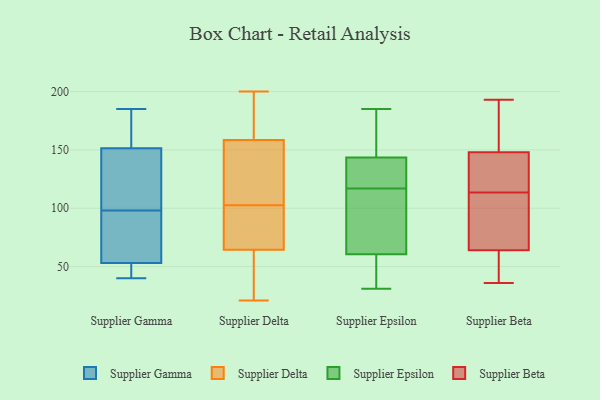
{"axis": {"x": "Temperature (°C)", "y": "Value"}, "legend": ["Supplier Beta", "Supplier Delta", "Supplier Epsilon", "Supplier Gamma"], "data": [{"x": "", "y": 147, "type": "Supplier Gamma"}, {"x": "", "y": 40, "type": "Supplier Gamma"}, {"x": "", "y": 165, "type": "Supplier Gamma"}, {"x": "", "y": 53, "type": "Supplier Gamma"}, {"x": "", "y": 147, "type": "Supplier Gamma"}, {"x": "", "y": 98, "type": "Supplier Gamma"}, {"x": "", "y": 169, "type": "Supplier Gamma"}, {"x": "", "y": 59, "type": "Supplier Gamma"}, {"x": "", "y": 185, "type": "Supplier Gamma"}, {"x": "", "y": 53, "type": "Supplier Gamma"}, {"x": "", "y": 147, "type": "Supplier Gamma"}, {"x": "", "y": 64, "type": "Supplier Gamma"}, {"x": "", "y": 43, "type": "Supplier Gamma"}, {"x": "", "y": 142, "type": "Supplier Delta"}, {"x": "", "y": 200, "type": "Supplier Delta"}, {"x": "", "y": 47, "type": "Supplier Delta"}, {"x": "", "y": 136, "type": "Supplier Delta"}, {"x": "", "y": 105, "type": "Supplier Delta"}, {"x": "", "y": 37, "type": "Supplier Delta"}, {"x": "", "y": 90, "type": "Supplier Delta"}, {"x": "", "y": 200, "type": "Supplier Delta"}, {"x": "", "y": 21, "type": "Supplier Delta"}, {"x": "", "y": 200, "type": "Supplier Delta"}, {"x": "", "y": 100, "type": "Supplier Delta"}, {"x": "", "y": 64, "type": "Supplier Delta"}, {"x": "", "y": 65, "type": "Supplier Delta"}, {"x": "", "y": 195, "type": "Supplier Delta"}, {"x": "", "y": 132, "type": "Supplier Delta"}, {"x": "", "y": 115, "type": "Supplier Delta"}, {"x": "", "y": 89, "type": "Supplier Delta"}, {"x": "", "y": 175, "type": "Supplier Delta"}, {"x": "", "y": 53, "type": "Supplier Delta"}, {"x": "", "y": 68, "type": "Supplier Delta"}, {"x": "", "y": 31, "type": "Supplier Epsilon"}, {"x": "", "y": 136, "type": "Supplier Epsilon"}, {"x": "", "y": 162, "type": "Supplier Epsilon"}, {"x": "", "y": 114, "type": "Supplier Epsilon"}, {"x": "", "y": 120, "type": "Supplier Epsilon"}, {"x": "", "y": 47, "type": "Supplier Epsilon"}, {"x": "", "y": 131, "type": "Supplier Epsilon"}, {"x": "", "y": 51, "type": "Supplier Epsilon"}, {"x": "", "y": 70, "type": "Supplier Epsilon"}, {"x": "", "y": 185, "type": "Supplier Epsilon"}, {"x": "", "y": 151, "type": "Supplier Epsilon"}, {"x": "", "y": 36, "type": "Supplier Epsilon"}, {"x": "", "y": 86, "type": "Supplier Epsilon"}, {"x": "", "y": 70, "type": "Supplier Epsilon"}, {"x": "", "y": 177, "type": "Supplier Epsilon"}, {"x": "", "y": 122, "type": "Supplier Epsilon"}, {"x": "", "y": 36, "type": "Supplier Beta"}, {"x": "", "y": 41, "type": "Supplier Beta"}, {"x": "", "y": 121, "type": "Supplier Beta"}, {"x": "", "y": 146, "type": "Supplier Beta"}, {"x": "", "y": 61, "type": "Supplier Beta"}, {"x": "", "y": 106, "type": "Supplier Beta"}, {"x": "", "y": 162, "type": "Supplier Beta"}, {"x": "", "y": 167, "type": "Supplier Beta"}, {"x": "", "y": 191, "type": "Supplier Beta"}, {"x": "", "y": 121, "type": "Supplier Beta"}, {"x": "", "y": 50, "type": "Supplier Beta"}, {"x": "", "y": 193, "type": "Supplier Beta"}, {"x": "", "y": 148, "type": "Supplier Beta"}, {"x": "", "y": 64, "type": "Supplier Beta"}, {"x": "", "y": 66, "type": "Supplier Beta"}, {"x": "", "y": 145, "type": "Supplier Beta"}, {"x": "", "y": 100, "type": "Supplier Beta"}, {"x": "", "y": 104, "type": "Supplier Beta"}]}